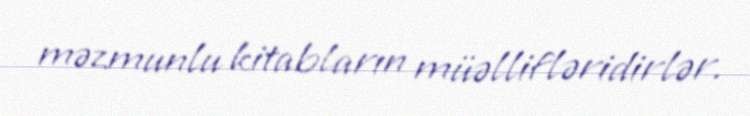
məzmunlu kitabların müəllifləridirlər.